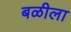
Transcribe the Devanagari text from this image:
बळीला